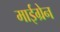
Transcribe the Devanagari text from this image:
माईग्रेन